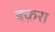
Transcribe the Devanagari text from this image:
बक़रा